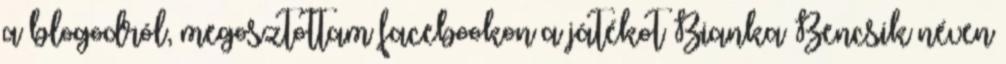
a blogodról, megosztottam facebookon a játékot Bianka Bencsik néven